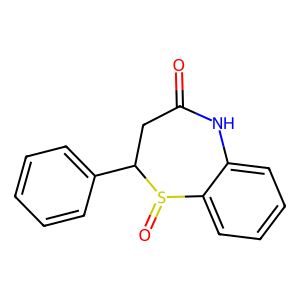
SMILES: O=C1CC(c2ccccc2)S(=O)c2ccccc2N1
Inhibits HIV replication: No